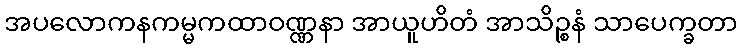
အပလောကနကမ္မကထာဝဏ္ဏနာ အာယူဟိတံ အာသိဉ္စနံ သာပေက္ခတာ